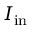
I _ { \mathrm { { i n } } }